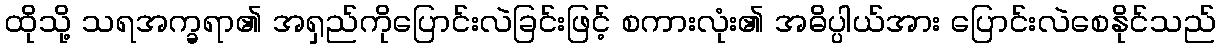
ထိုသို့ သရအက္ခရာ၏ အရှည်ကိုပြောင်းလဲခြင်းဖြင့် စကားလုံး၏ အဓိပ္ပါယ်အား ပြောင်းလဲစေနိုင်သည်